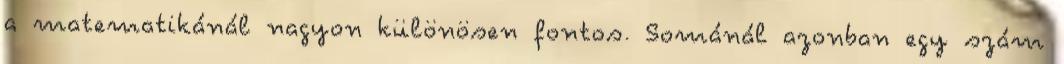
a matematikánál nagyon különösen fontos. Sománál azonban egy szám